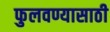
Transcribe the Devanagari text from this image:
फुलवण्यासाठी